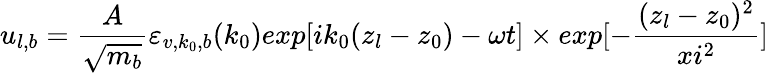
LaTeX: u_{l,b}=\frac{A}{\sqrt{m_{b}}}\varepsilon_{v,k_{0},b}(k_{0})exp[ik_{0}(z_{l}-z_{0})-\omega t]\times exp[-\frac{(z_{l}-z_{0})^{2}}{xi^{2}}]